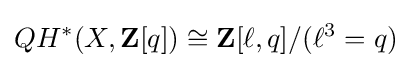
QH^{*}(X,\mathbf {Z} [q])\cong \mathbf {Z} [\ell ,q]/(\ell ^{3}=q)